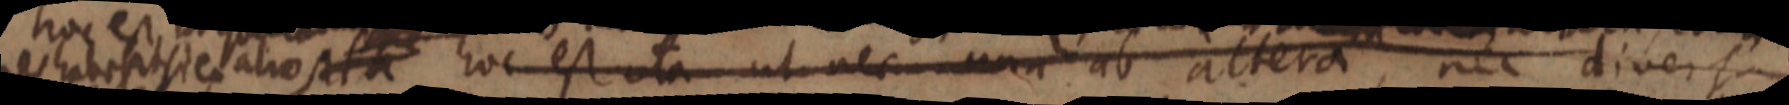
res habeat alio sita hoc est ita ut nec una ab altera, nec diversa